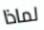
لماذا